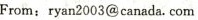
From:ryan 2003@ canada.com